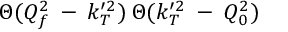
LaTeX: \Theta ( Q _ { f } ^ { 2 } \: - \: k _ { T } ^ { \prime 2 } ) \: \Theta ( k _ { T } ^ { \prime 2 } \: - \: Q _ { 0 } ^ { 2 } )